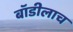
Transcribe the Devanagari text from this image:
बॉडीलाच